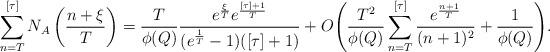
LaTeX: \begin{align*} \sum_{n=T}^{[\tau]} N_A\left(\frac{n+\xi}{T}\right) = \frac{T}{\phi(Q)} \frac{e^{\frac{\xi}{T}} e^{\frac{[\tau]+1}{T}}}{(e^{\frac{1}{T}}-1)([\tau]+1)} + O\Bigg(\frac{T^2}{\phi(Q)} \sum_{n=T}^{[\tau]} \frac{e^{\frac{n+1}{T}}}{(n+1)^2} + \frac{1}{\phi(Q)}\Bigg).\end{align*}